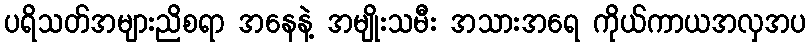
ပရိသတ်အများညိစရာ အနေနဲ့ အမျိုးသမီး အသားအရေ ကိုယ်ကာယအလှအပ